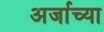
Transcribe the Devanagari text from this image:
अर्जाच्या